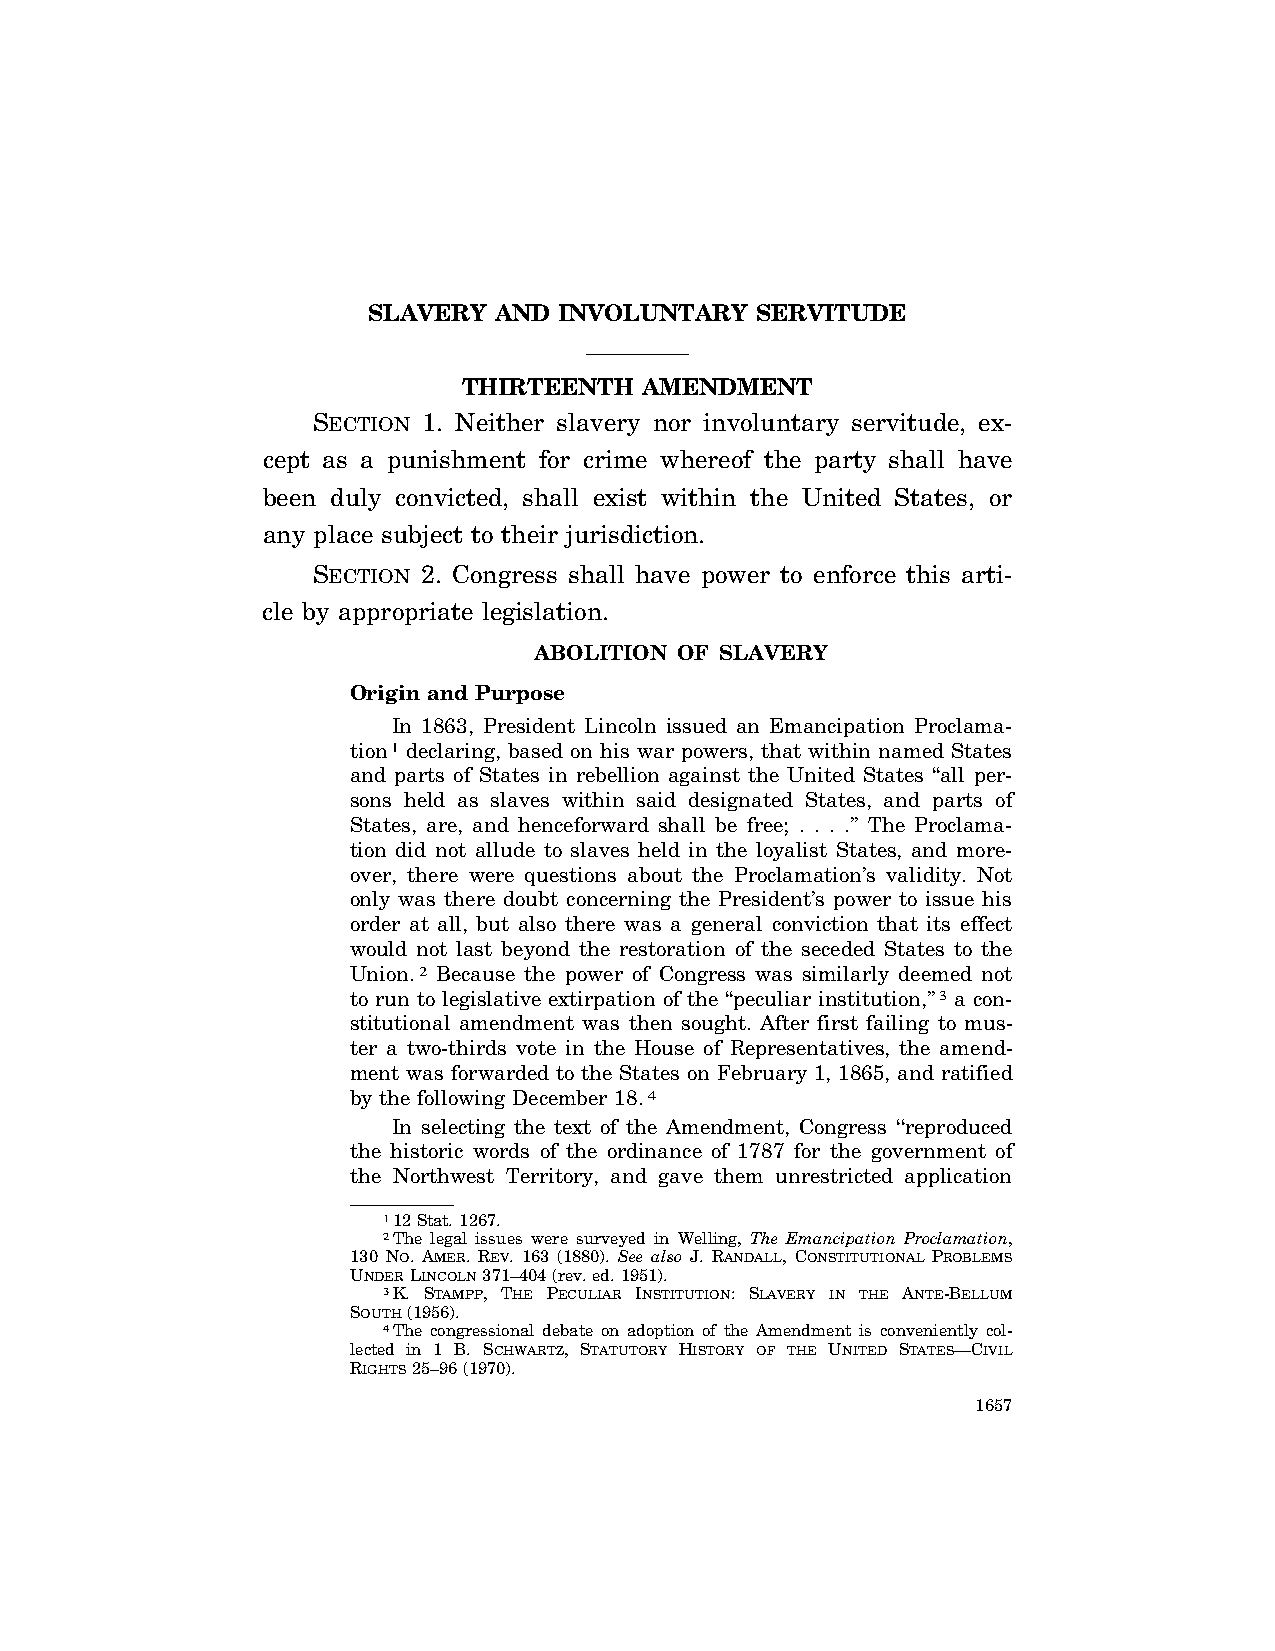
SLAVERY  AND INVOLUNTARY  SERVITUDE
 THIRTEENTH  AMENDMENT
 SECTION 1. Neither slavery nor involuntary servitude, ex-
 cept as a punishment for crime whereof the party shall have
 been duly convicted, shall exist within the United States, or
 any place subject to their jurisdiction.
 SECTION 2. Congress shall have power to enforce this arti-
 cle by appropriate legislation.
 ABOLITION OF SLAVERY
 Origin and Purpose
 In 1863, President Lincoln issued an Emancipation Proclama-
 tion1 declaring, based on his war powers, that within named States
 and parts of States in rebellion against the United States ‘‘all per-
 sons held as slaves within said designated States, and parts of
 States, are, and henceforward shall be free; . . . .’’ The Proclama-
 tion did not allude to slaves held in the loyalist States, and more-
 over, there were questions about the Proclamation’s validity. Not
 only was there doubt concerning the President’s power to issue his
 order at all, but also there was a general conviction that its effect
 would not last beyond the restoration of the seceded States to the
 Union.2 Because the power of Congress was similarly deemed not
 to run to legislative extirpation of the ‘‘peculiar institution,’’3 a con-
 stitutional amendment was then sought. After first failing to mus-
 ter a two-thirds vote in the House of Representatives, the amend-
 ment was forwarded to the States on February 1, 1865, and ratified
 by the following December 18.4
 In selecting the text of the Amendment, Congress ‘‘reproduced
 the historic words of the ordinance of 1787 for the government of
 the Northwest Territory, and gave them unrestricted application
 112 Stat. 1267.
 2The legal issues were surveyed in Welling, The Emancipation Proclamation,
 130 NO. AMER. REV. 163 (1880). See also J. RANDALL, CONSTITUTIONAL PROBLEMS
 UNDERLINCOLN371–404 (rev. ed. 1951).
 3K. STAMPP, THE PECULIAR INSTITUTION: SLAVERY IN THE ANTE-BELLUM
 SOUTH(1956).
 4The congressional debate on adoption of the Amendment is conveniently col-
 lected in 1 B. SCHWARTZ, STATUTORY HISTORY OF THE UNITED STATES—CIVIL
 RIGHTS25–96 (1970).
 1657
 VerDate Apr<15>2004 08:31 Jun 28, 2004 Jkt 077500 PO 00000 Frm 00001 Fmt 8222 Sfmt 8222 C:\CONAN\CON044.SGM PRFM99 PsN: CON044